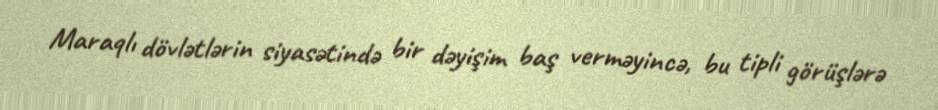
Maraqlı dövlətlərin siyasətində bir dəyişim baş verməyincə, bu tipli görüşlərə